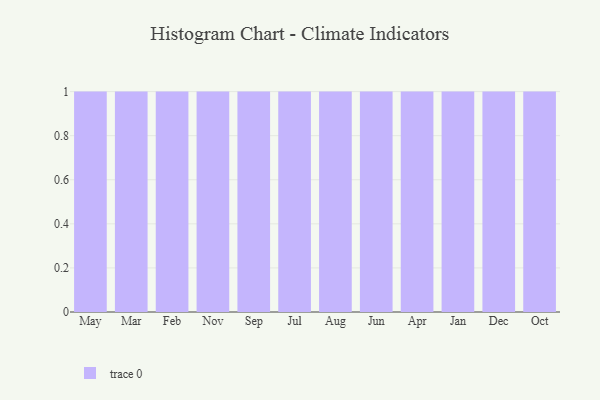
{"axis": {"x": "Month", "y": "Population (Million)"}, "legend": [""], "data": [{"x": "May", "y": 26, "type": ""}, {"x": "Mar", "y": 11, "type": ""}, {"x": "Feb", "y": 85, "type": ""}, {"x": "Nov", "y": 70, "type": ""}, {"x": "Sep", "y": 8, "type": ""}, {"x": "Jul", "y": 87, "type": ""}, {"x": "Aug", "y": 20, "type": ""}, {"x": "Jun", "y": 66, "type": ""}, {"x": "Apr", "y": 74, "type": ""}, {"x": "Jan", "y": 99, "type": ""}, {"x": "Dec", "y": 55, "type": ""}, {"x": "Oct", "y": 86, "type": ""}]}